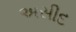
અસીદ